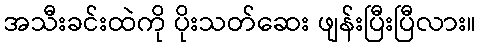
အသီးခင်းထဲကို ပိုးသတ်ဆေး ဖျန်းပြီးပြီလား။